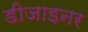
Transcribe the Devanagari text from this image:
डीजाइनर